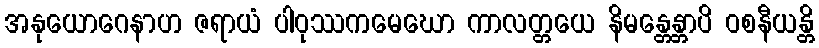
အနုယောဂေနာဟ ဇရာယံ ပါဝုဿကမေဃော ကာလတ္တယေ နိမန္တေန္တာပိ ဝစနီယန္တိ